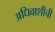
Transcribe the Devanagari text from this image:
अधिवाशीची